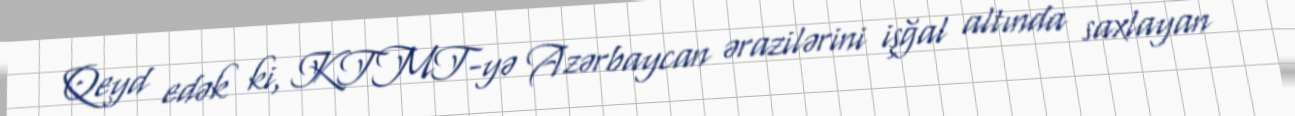
Qeyd edək ki, KTMT-yə Azərbaycan ərazilərini işğal altında saxlayan